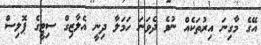
އޭގެ މާގިނަ އިރުތަކެއް ނުވެ ދެވަނަ ހަމަލާ ދިނީ އެލާޒިގް ސިޓީގެ ޕޮލިސް